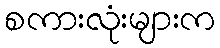
စကားလုံးများက